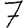
Digit: 7